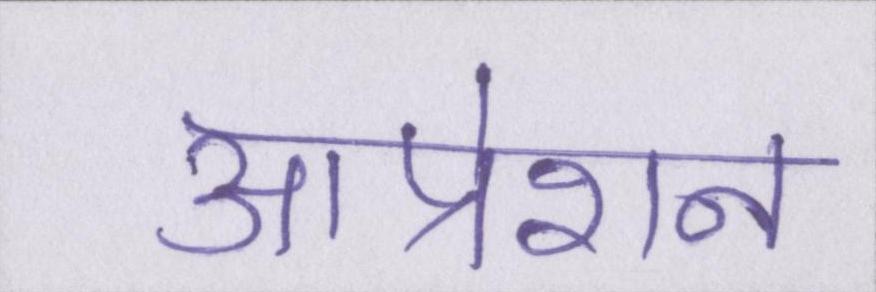
आप्रेशन